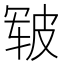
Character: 皲